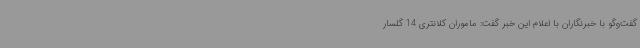
گفت‌وگو با خبرنگاران با اعلام این خبر گفت: ماموران کلانتری 14 گلسار